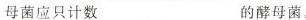
母菌应只计数___的酵母菌。